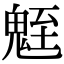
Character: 𩳀